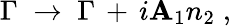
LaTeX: \Gamma\; \to\; \Gamma\, +\, i\mathbf{A}_{1}n_{2}\; ,